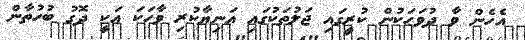
އެހެން ވާ ދުވަހަކުން ކުރީގައި ޖަލުތަކުގައި އަނިޔާކުރި ވާހަކަ އަކީ ދޮގު ބުހުތާން